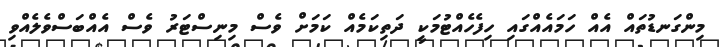
މިންގަނޑުތައް އެއް ހަމަައެއްގައި ހިފެހެއްޓުމަކީ ދަތިކަމެއް ކަމަށް ވެސް މިިނިސްޓަރު ވެސް އެއްބަސްވެލެއްވި